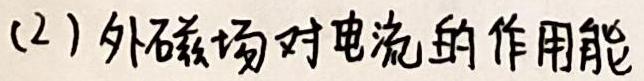
(2) 外磁场对电流的作用能